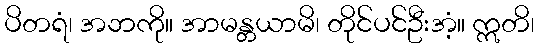
ပိတရံ၊ အဘကို။ အာမန္တယာမိ၊ တိုင်ပင်ဦးအံ့။ ဣတိ၊